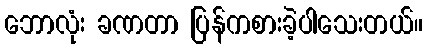
ဘောလုံး ခဏတာ ပြန်ကစားခဲ့ပါသေးတယ်။